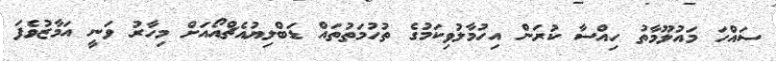
ސައްހަ މައުލޫމާތު ހިއްސާ ކުރަން އިހުމާލުވިކަމުގެ ތުހުމަތުތައް ޑަބްލިޔުއެޗްއޯއަށް މިހާރު ވަނީ އަމާޒުވެފަ